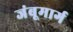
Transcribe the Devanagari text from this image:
जंबूमार्ग